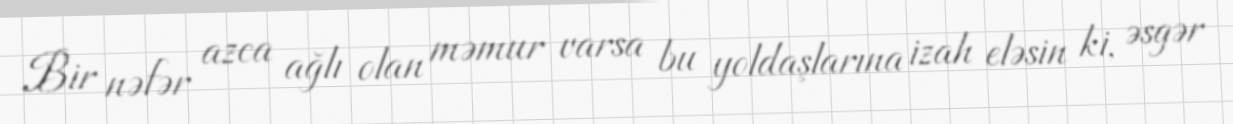
Bir nəfər azca ağlı olan məmur varsa bu yoldaşlarına izah eləsin ki, əsgər